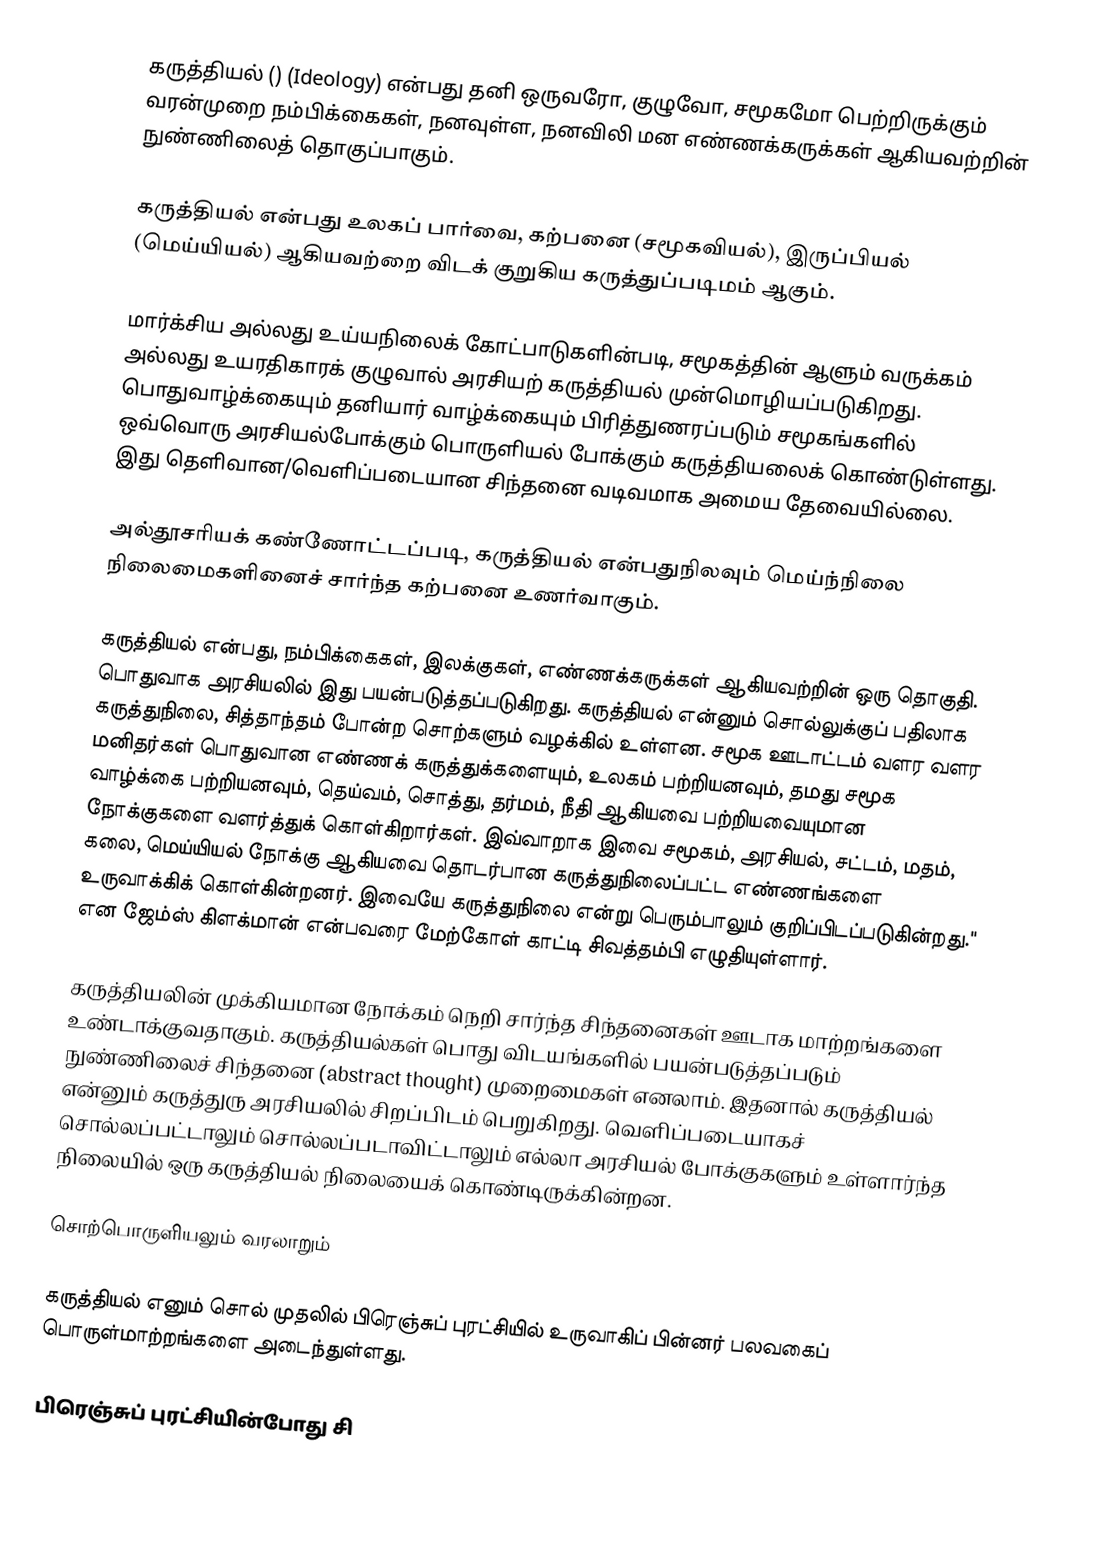
கருத்தியல்  ()  (Ideology) என்பது தனி ஒருவரோ, குழுவோ, சமூகமோ பெற்றிருக்கும் வரன்முறை நம்பிக்கைகள், நனவுள்ள, நனவிலி மன எண்ணக்கருக்கள் ஆகியவற்றின் நுண்ணிலைத் தொகுப்பாகும்.

கருத்தியல் என்பது உலகப் பார்வை, கற்பனை (சமூகவியல்), இருப்பியல் (மெய்யியல்) ஆகியவற்றை விடக் குறுகிய கருத்துப்படிமம் ஆகும்.

மார்க்சிய அல்லது உய்யநிலைக் கோட்பாடுகளின்படி, சமூகத்தின் ஆளும் வருக்கம் அல்லது உயரதிகாரக் குழுவால் அரசியற் கருத்தியல் முன்மொழியப்படுகிறது. பொதுவாழ்க்கையும் தனியார் வாழ்க்கையும் பிரித்துணரப்படும் சமூகங்களில் ஒவ்வொரு அரசியல்போக்கும் பொருளியல் போக்கும் கருத்தியலைக் கொண்டுள்ளது. இது தெளிவான/வெளிப்படையான சிந்தனை வடிவமாக அமைய தேவையில்லை.

அல்தூசரியக் கண்ணோட்டப்படி, கருத்தியல் என்பதுநிலவும் மெய்ந்நிலை நிலைமைகளினைச் சார்ந்த கற்பனை உணர்வாகும்.

கருத்தியல் என்பது, நம்பிக்கைகள், இலக்குகள், எண்ணக்கருக்கள் ஆகியவற்றின் ஒரு தொகுதி. பொதுவாக அரசியலில் இது பயன்படுத்தப்படுகிறது. கருத்தியல் என்னும் சொல்லுக்குப் பதிலாக கருத்துநிலை, சித்தாந்தம் போன்ற சொற்களும் வழக்கில் உள்ளன. சமூக ஊடாட்டம் வளர வளர மனிதர்கள் பொதுவான எண்ணக் கருத்துக்களையும், உலகம் பற்றியனவும், தமது சமூக வாழ்க்கை பற்றியனவும், தெய்வம், சொத்து, தர்மம், நீதி ஆகியவை பற்றியவையுமான நோக்குகளை வளர்த்துக் கொள்கிறார்கள். இவ்வாறாக இவை சமூகம், அரசியல், சட்டம், மதம், கலை, மெய்யியல் நோக்கு ஆகியவை தொடர்பான கருத்துநிலைப்பட்ட எண்ணங்களை உருவாக்கிக் கொள்கின்றனர். இவையே கருத்துநிலை என்று பெரும்பாலும் குறிப்பிடப்படுகின்றது." என ஜேம்ஸ் கிளக்மான் என்பவரை மேற்கோள் காட்டி சிவத்தம்பி எழுதியுள்ளார்.

கருத்தியலின் முக்கியமான நோக்கம் நெறி சார்ந்த சிந்தனைகள் ஊடாக மாற்றங்களை உண்டாக்குவதாகும். கருத்தியல்கள் பொது விடயங்களில் பயன்படுத்தப்படும் நுண்ணிலைச் சிந்தனை (abstract thought) முறைமைகள் எனலாம். இதனால் கருத்தியல் என்னும் கருத்துரு அரசியலில் சிறப்பிடம் பெறுகிறது. வெளிப்படையாகச் சொல்லப்பட்டாலும் சொல்லப்படாவிட்டாலும் எல்லா அரசியல் போக்குகளும் உள்ளார்ந்த நிலையில் ஒரு கருத்தியல் நிலையைக் கொண்டிருக்கின்றன.

சொற்பொருளியலும் வரலாறும்

கருத்தியல்  எனும் சொல் முதலில் பிரெஞ்சுப் புரட்சியில் உருவாகிப் பின்னர் பலவகைப் பொருள்மாற்றங்களை அடைந்துள்ளது.

பிரெஞ்சுப் புரட்சியின்போது சி